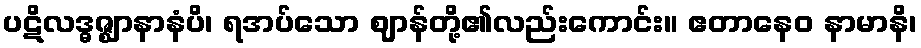
ပဋိလဒ္ဓဇ္ဈာနာနံပိ၊ ရအပ်သော ဈာန်တို့၏လည်းကောင်း။ ဧတာနေဝ နာမာနိ၊